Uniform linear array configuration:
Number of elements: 16
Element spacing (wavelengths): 0.5
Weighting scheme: blackman
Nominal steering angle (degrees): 30
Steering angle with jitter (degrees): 29.038
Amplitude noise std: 0.05
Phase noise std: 0.05

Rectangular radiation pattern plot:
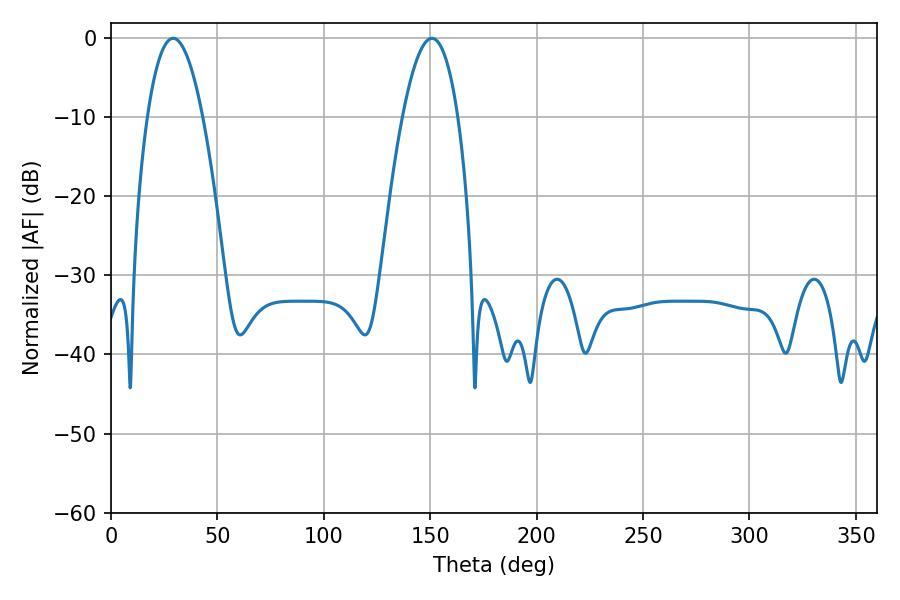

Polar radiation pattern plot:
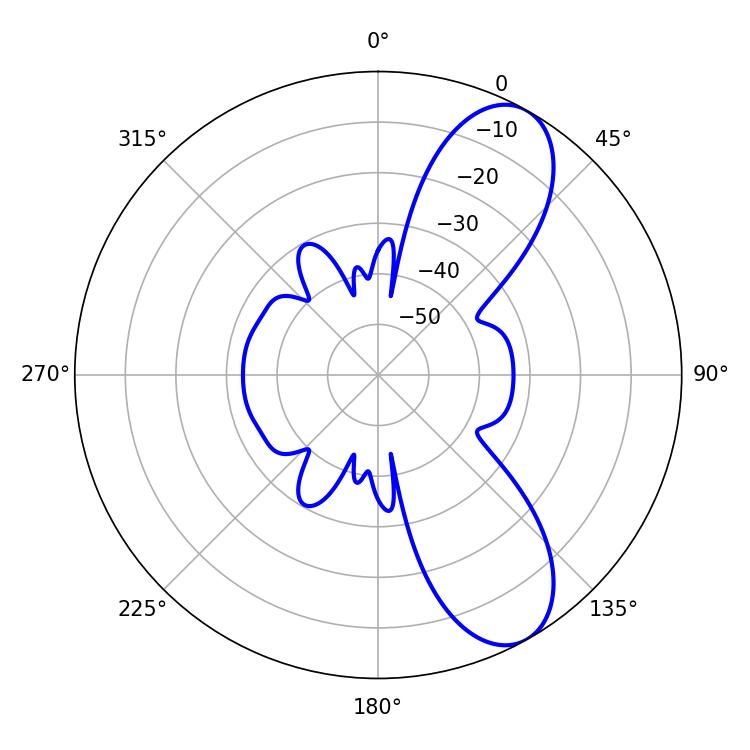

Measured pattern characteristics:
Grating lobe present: FALSE
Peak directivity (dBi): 8.792
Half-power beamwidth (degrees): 14.4
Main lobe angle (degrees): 29.16